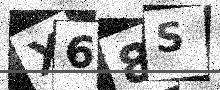
Text: X68S